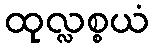
ထုလ္လစ္စယံ